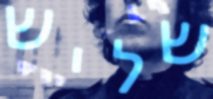
שליש